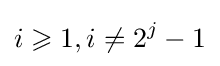
i\geqslant 1,i\neq 2^{j}-1